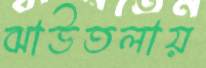
ঝাউতলায়